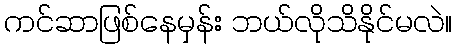
ကင်ဆာဖြစ်နေမှန်း ဘယ်လိုသိနိုင်မလဲ။